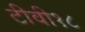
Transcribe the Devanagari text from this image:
टीवी१८